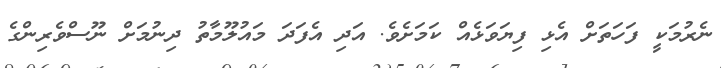
ނެރުމަކީ ފަހަތަށް އެޅި ފިޔަވަޅެއް ކަމަށެވެ. އަދި އެފަދަ މައުލޫމާތު ދިނުމަށް ނޫސްވެރިންގެ